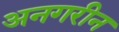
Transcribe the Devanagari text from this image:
अनगरीन